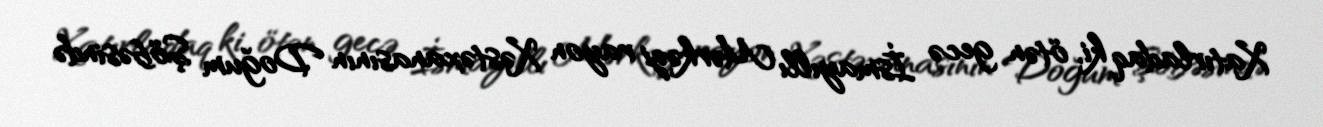
Xatırladaq ki, ötən gecə İsmayıllı Mərkəzi rayon Xəstəxanasının Doğum Şöbəsində